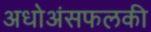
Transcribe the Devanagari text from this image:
अधोअंसफलकी